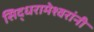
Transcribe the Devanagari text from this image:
सिद्धरामेश्वरांनी